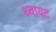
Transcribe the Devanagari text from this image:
थ्वायट